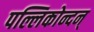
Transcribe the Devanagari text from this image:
पल्लिकोन्दन्